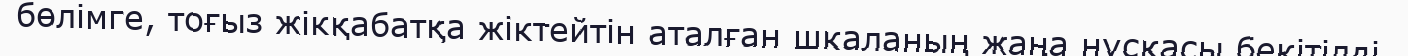
бөлімге, тоғыз жікқабатқа жіктейтін аталған шкаланың жаңа нұсқасы бекітілді.